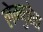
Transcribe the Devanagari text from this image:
लेम्बुचेरा